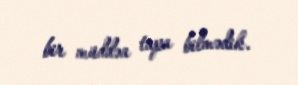
bir müddəa tapa bilmədik.